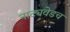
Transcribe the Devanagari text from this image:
नाट्यवेडच